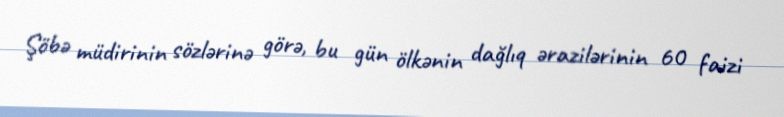
Şöbə müdirinin sözlərinə görə, bu gün ölkənin dağlıq ərazilərinin 60 faizi